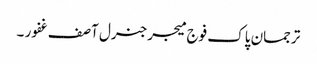
ترجمان پاک فوج میجرجنرل آصف غفور ۔